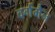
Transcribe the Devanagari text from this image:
वर्गमैन